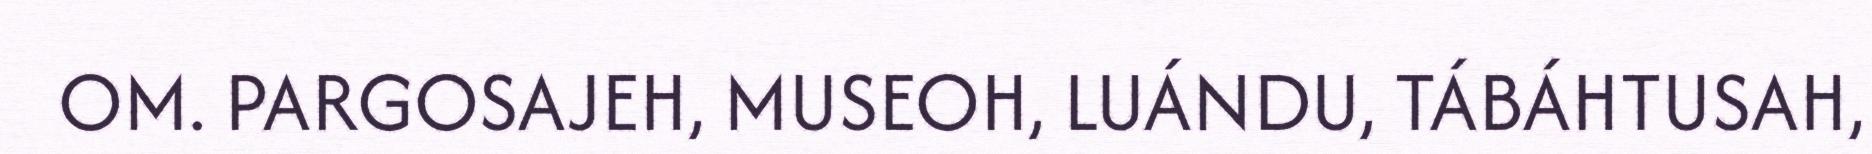
OM. PARGOSAJEH, MUSEOH, LUÁNDU, TÁBÁHTUSAH,